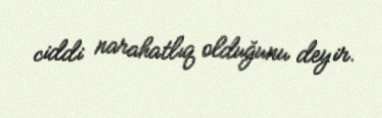
ciddi narahatlıq olduğunu deyir.